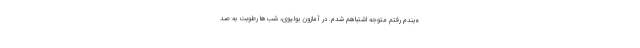
ه‌بندم رفتم متوجه اشتباهم شدم. در آمازون بولیوی، شب‌ها رطوبت به صد